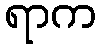
ရာက